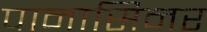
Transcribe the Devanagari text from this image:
पानासिनर